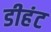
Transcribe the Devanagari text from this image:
डीहंट